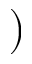
)